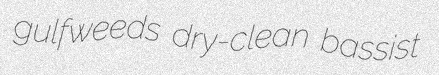
gulfweeds dry-clean bassist